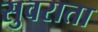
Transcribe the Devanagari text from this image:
सुवराता